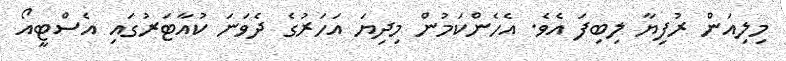
މިލިއަން ރުފިޔާ ލިބިފަ އެވެ. އެހެންކަމުން މިދިޔަ އަހަރުގެ ދެވަނަ ކުއާޓަރުގައި އެސްޓީއޯ